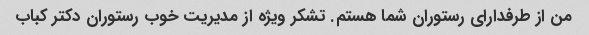
من از طرفدارای رستوران شما هستم. تشکر ویژه از مدیریت خوب رستوران دکتر کباب